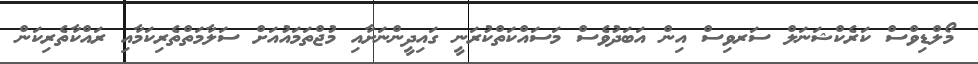
މޯލްޑިވްސް ކަރެކްޝަނަލް ސަރވިސް އިން އަބަދުވެސް މަސައްކަތްކުރަނީ ގައިދީންނަށާއި މުޖްތަމައުއަށް ސަލާމަތްތެރިކަމާއި ރައްކާތެރިކަން